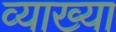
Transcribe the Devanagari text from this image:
व्याख्या